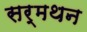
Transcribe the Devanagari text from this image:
सर्मथन